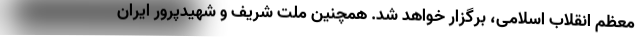
معظم انقلاب اسلامی، برگزار خواهد شد. همچنین ملت شریف و شهیدپرور ایران